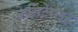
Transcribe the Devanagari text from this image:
केसिटेराइट